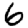
Digit: 6